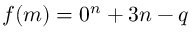
f ( m ) = 0 ^ { n } + 3 n - q